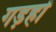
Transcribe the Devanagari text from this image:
गड़हों